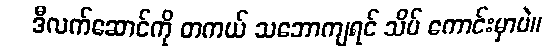
ဒီလက်ဆောင်ကို တကယ် သဘောကျရင် သိပ် ကောင်းမှာပဲ။